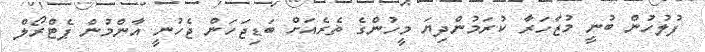
ފުލުހުން ބުނީ މުޒާހަރާ ކުރަމުންދިޔަ މީހުންގެ ތެރެއަށް ބަޑިޖަހަން ޖެހުނީ އާންމުން ޕެޓްރޯލް